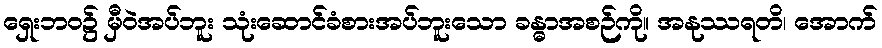
ရှေးဘဝ၌ မှီဝဲအပ်ဘူး သုံးဆောင်ခံစားအပ်ဘူးသော ခန္ဓာအစဉ်ကို။ အနုဿရတိ၊ အောက်